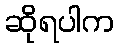
ဆိုရပါက